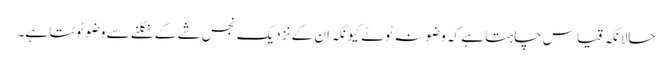
حالانکہ قیاس چاہتا ہے کہ وضو نہ ٹوٹے کیونکہ ان کے نزدیک نجس شے کے نکلنے سے وضو ٹوٹتا ہے۔